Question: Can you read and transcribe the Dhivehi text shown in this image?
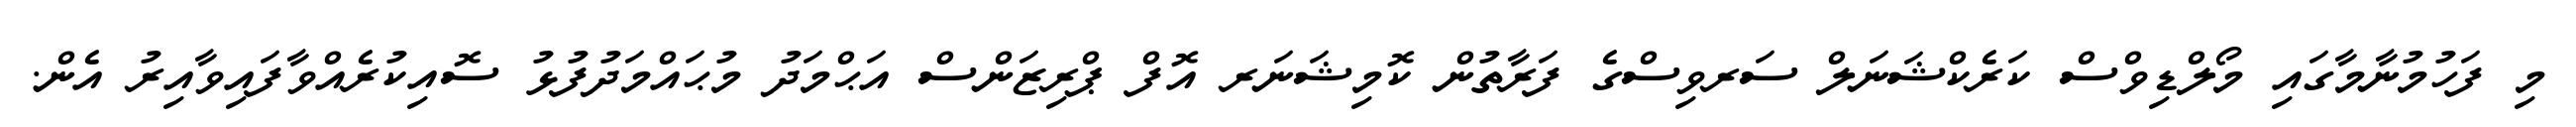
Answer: މި ފަހުމުނާމާގައި މޯލްޑިވްސް ކަރެކްޝަނަލް ސަރވިސްގެ ފަރާތުން ކޮމިޝަނަރ އޮފް ޕްރިޒަންސް އަޙްމަދު މުޙައްމަދުފުޅު ސޮއިކުރެއްވާފައިވާއިރު އެން.